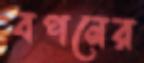
বপনের